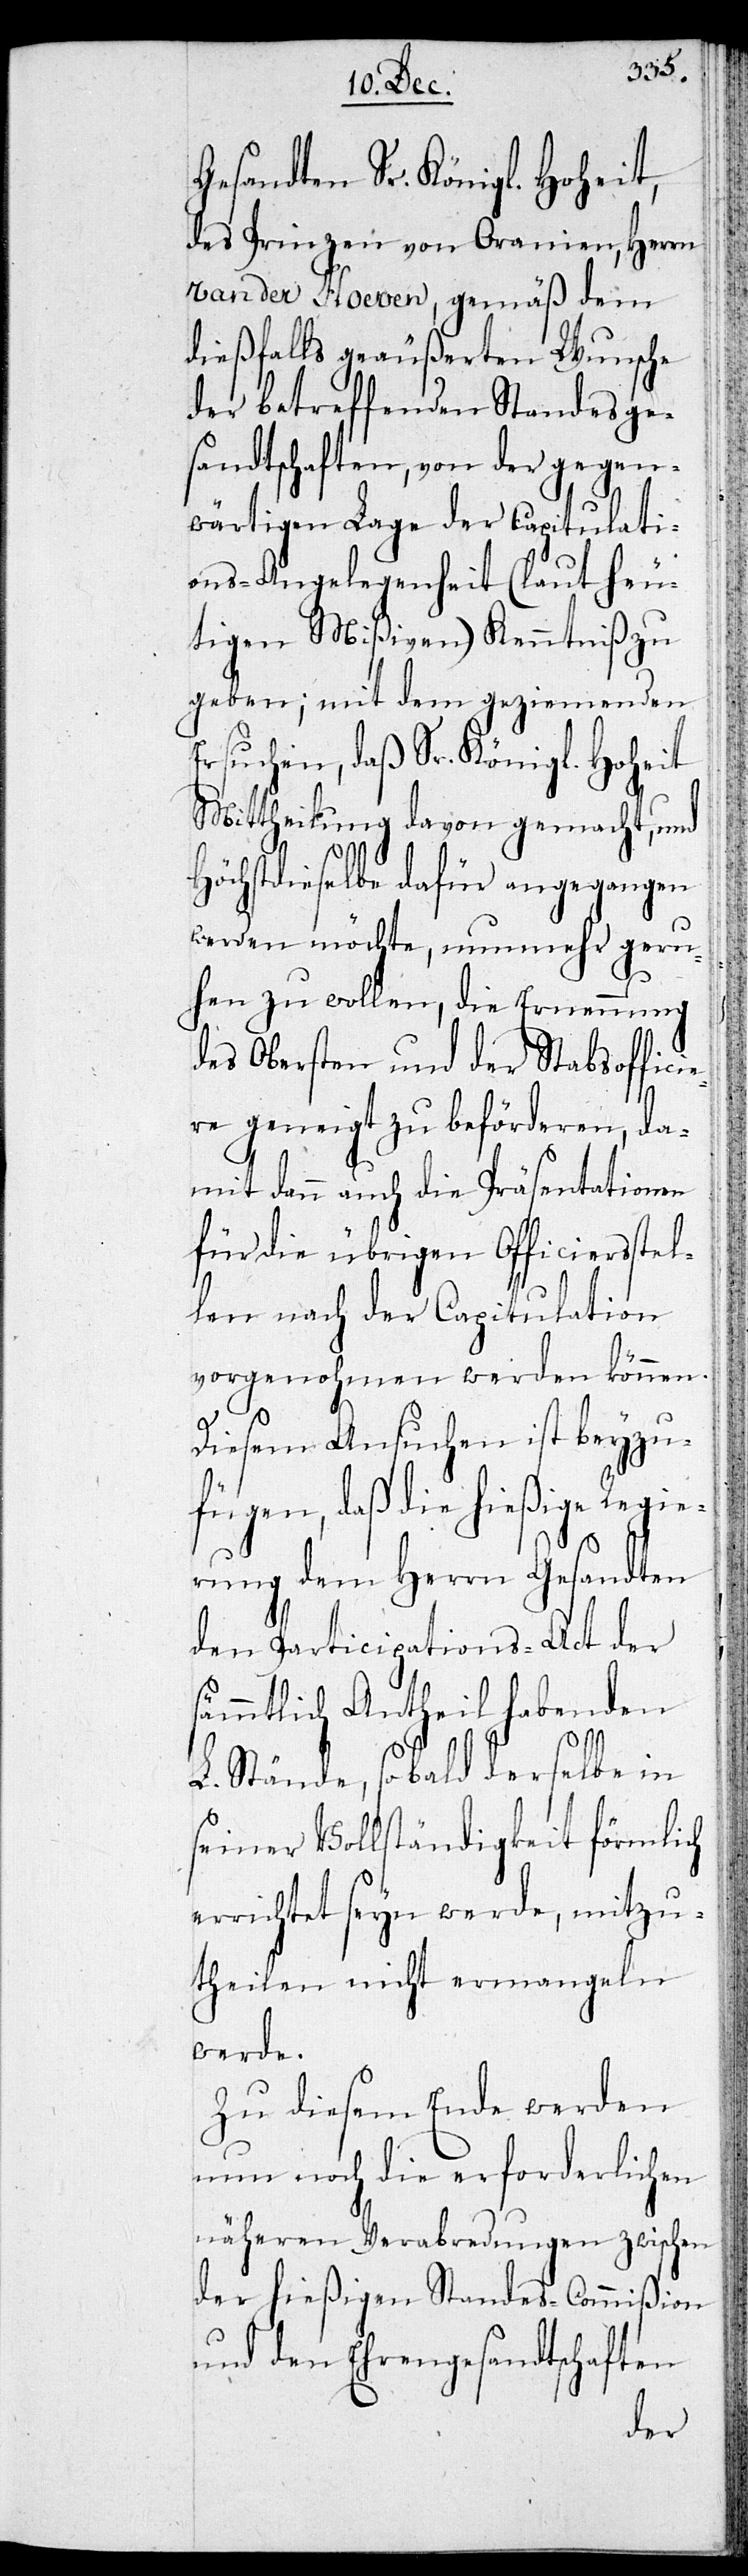
Gesandten Sr. Königl. Hoheit,
des Prinzen von Oranien, Herrn
Van der Hoeven, gemäß dem
dießfalls geäußerten Wunsche
der betreffenden Standesge¬
sandtschaften, von der gegen¬
wärtigen Lage der Capitulati¬
ons-Angelegenheit (laut heu¬
tigen Mißiven) Kenntniß zu
geben; mit dem geziemenden
Ersuchen, daß Sr. Königl. Hoheit
Mittheilungen davon gemacht, und
Höchstdieselben dafür angegangen
werden möchten, nunmehr geru¬
hen zu wollen, die Ernennung
des Obersten und der Stabsoffici¬
ere geneigt zu beförderen, da¬
mit dann auch die Präsentationen
für die übrigen Officiersstel¬
len nach der Capitulation
vorgenohmen werden können.
Diesem Ansuchen ist beyzu¬
fügen, daß die hießige Regie¬
rung dem Herrn Gesandten
den Participations-Act der
sämmtlich Antheil habenden
L. Stände, so blad derselbe in
seiner Vollständigkeit förmlich
errichtet seyn werde, mitzu¬
theilen nicht ermangeln
werde.
Zu diesem Ende werden
nun noch die erforderlichen
näheren Verabredungen zwischen
der hießigen Standes-Commißion
und den Ehrengesandtschaften